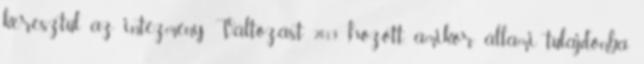
keresztül az intézmény. Változást 2013 hozott, amikor állami tulajdonba